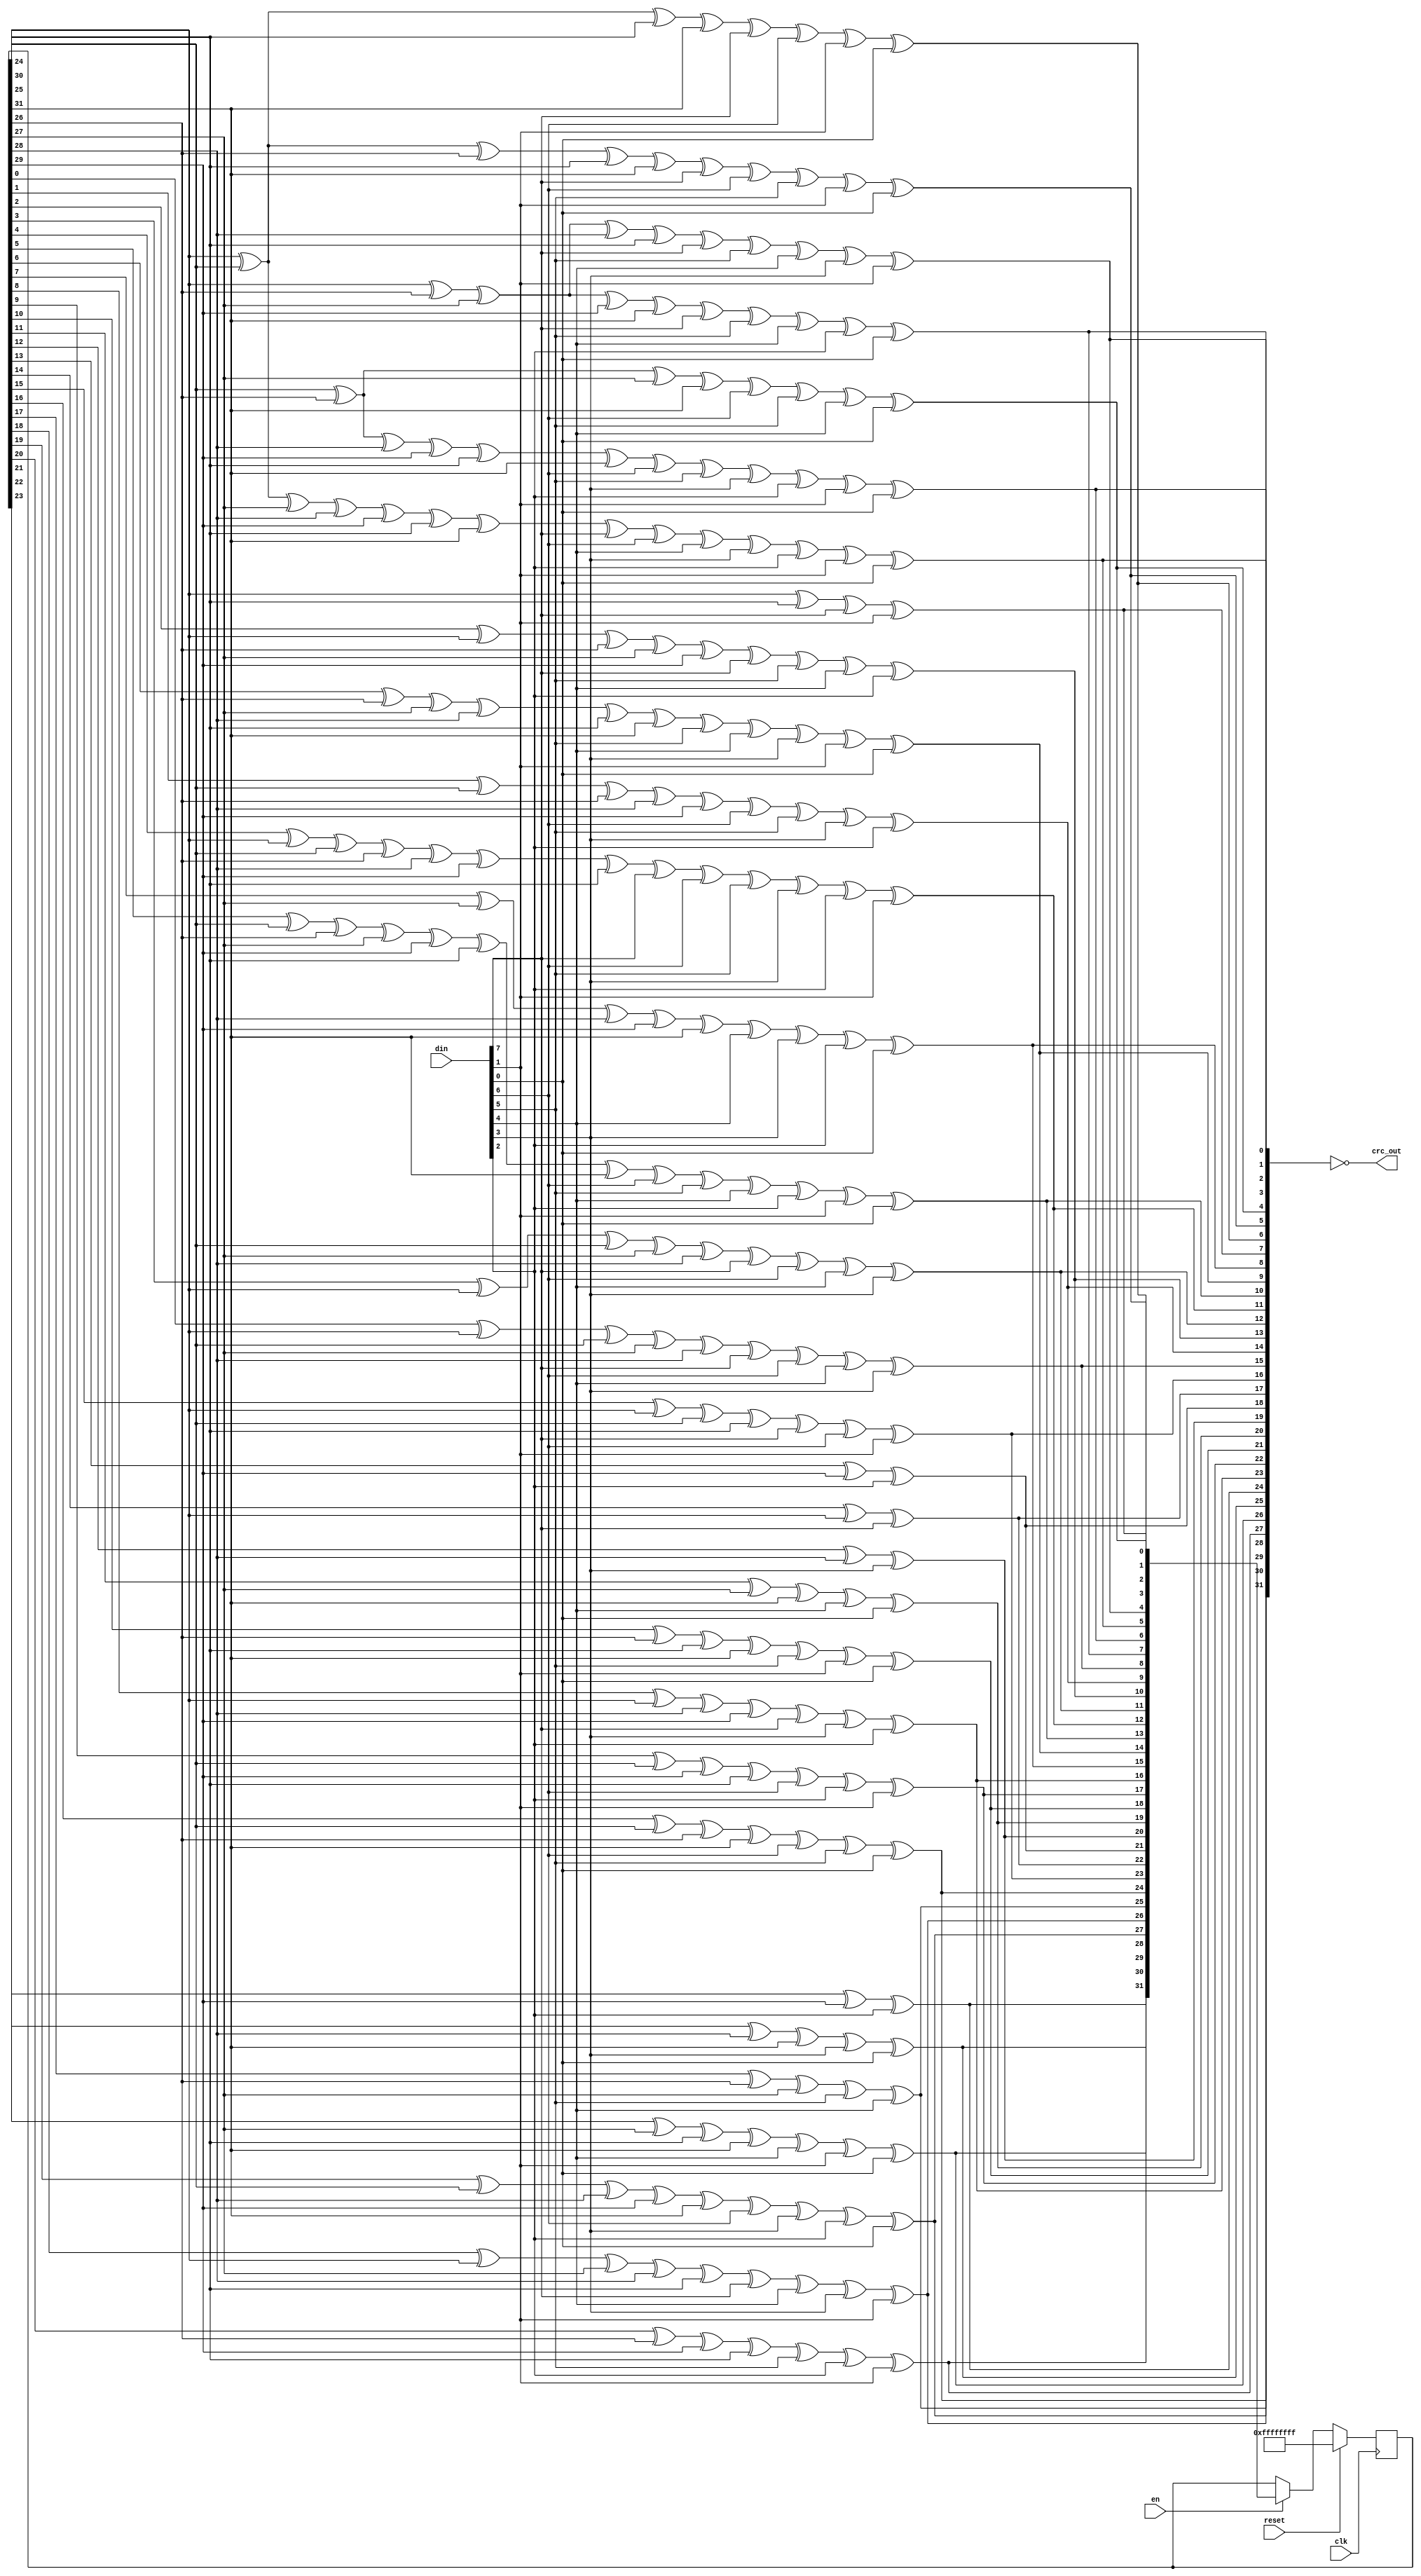
// Ethernet FCS computation
//
// GNSS Firehose
// Copyright (c) 2012 Peter Monta <pmonta@gmail.com>

module crc(
  input clk,
  input reset,
  input en,
  input [7:0] din,
  output [31:0] crc_out
);

  reg [31:0] crc,next;

  wire [7:0] d = {din[0],din[1],din[2],din[3],din[4],din[5],din[6],din[7]};

  always @(*) begin
    next[0] = crc[24] ^ crc[30] ^ d[0] ^ d[6];
    next[1] = crc[24] ^ crc[25] ^ crc[30] ^ crc[31] ^ d[0] ^ d[1] ^ d[6] ^ d[7];
    next[2] = crc[24] ^ crc[25] ^ crc[26] ^ crc[30] ^ crc[31] ^ d[0] ^ d[1] ^ d[2] ^ d[6] ^ d[7];
    next[3] = crc[25] ^ crc[26] ^ crc[27] ^ crc[31] ^ d[1] ^ d[2] ^ d[3] ^ d[7];
    next[4] = crc[24] ^ crc[26] ^ crc[27] ^ crc[28] ^ crc[30] ^ d[0] ^ d[2] ^ d[3] ^ d[4] ^ d[6];
    next[5] = crc[24] ^ crc[25] ^ crc[27] ^ crc[28] ^ crc[29] ^ crc[30] ^ crc[31] ^ d[0] ^ d[1] ^ d[3] ^ d[4] ^ d[5] ^ d[6] ^ d[7];
    next[6] = crc[25] ^ crc[26] ^ crc[28] ^ crc[29] ^ crc[30] ^ crc[31] ^ d[1] ^ d[2] ^ d[4] ^ d[5] ^ d[6] ^ d[7];
    next[7] = crc[24] ^ crc[26] ^ crc[27] ^ crc[29] ^ crc[31] ^ d[0] ^ d[2] ^ d[3] ^ d[5] ^ d[7];
    next[8] = crc[0] ^ crc[24] ^ crc[25] ^ crc[27] ^ crc[28] ^ d[0] ^ d[1] ^ d[3] ^ d[4];
    next[9] = crc[1] ^ crc[25] ^ crc[26] ^ crc[28] ^ crc[29] ^ d[1] ^ d[2] ^ d[4] ^ d[5];
    next[10] = crc[2] ^ crc[24] ^ crc[26] ^ crc[27] ^ crc[29] ^ d[0] ^ d[2] ^ d[3] ^ d[5];
    next[11] = crc[3] ^ crc[24] ^ crc[25] ^ crc[27] ^ crc[28] ^ d[0] ^ d[1] ^ d[3] ^ d[4];
    next[12] = crc[4] ^ crc[24] ^ crc[25] ^ crc[26] ^ crc[28] ^ crc[29] ^ crc[30] ^ d[0] ^ d[1] ^ d[2] ^ d[4] ^ d[5] ^ d[6];
    next[13] = crc[5] ^ crc[25] ^ crc[26] ^ crc[27] ^ crc[29] ^ crc[30] ^ crc[31] ^ d[1] ^ d[2] ^ d[3] ^ d[5] ^ d[6] ^ d[7];
    next[14] = crc[6] ^ crc[26] ^ crc[27] ^ crc[28] ^ crc[30] ^ crc[31] ^ d[2] ^ d[3] ^ d[4] ^ d[6] ^ d[7];
    next[15] = crc[7] ^ crc[27] ^ crc[28] ^ crc[29] ^ crc[31] ^ d[3] ^ d[4] ^ d[5] ^ d[7];
    next[16] = crc[8] ^ crc[24] ^ crc[28] ^ crc[29] ^ d[0] ^ d[4] ^ d[5];
    next[17] = crc[9] ^ crc[25] ^ crc[29] ^ crc[30] ^ d[1] ^ d[5] ^ d[6];
    next[18] = crc[10] ^ crc[26] ^ crc[30] ^ crc[31] ^ d[2] ^ d[6] ^ d[7];
    next[19] = crc[11] ^ crc[27] ^ crc[31] ^ d[3] ^ d[7];
    next[20] = crc[12] ^ crc[28] ^ d[4];
    next[21] = crc[13] ^ crc[29] ^ d[5];
    next[22] = crc[14] ^ crc[24] ^ d[0];
    next[23] = crc[15] ^ crc[24] ^ crc[25] ^ crc[30] ^ d[0] ^ d[1] ^ d[6];
    next[24] = crc[16] ^ crc[25] ^ crc[26] ^ crc[31] ^ d[1] ^ d[2] ^ d[7];
    next[25] = crc[17] ^ crc[26] ^ crc[27] ^ d[2] ^ d[3];
    next[26] = crc[18] ^ crc[24] ^ crc[27] ^ crc[28] ^ crc[30] ^ d[0] ^ d[3] ^ d[4] ^ d[6];
    next[27] = crc[19] ^ crc[25] ^ crc[28] ^ crc[29] ^ crc[31] ^ d[1] ^ d[4] ^ d[5] ^ d[7];
    next[28] = crc[20] ^ crc[26] ^ crc[29] ^ crc[30] ^ d[2] ^ d[5] ^ d[6];
    next[29] = crc[21] ^ crc[27] ^ crc[30] ^ crc[31] ^ d[3] ^ d[6] ^ d[7];
    next[30] = crc[22] ^ crc[28] ^ crc[31] ^ d[4] ^ d[7];
    next[31] = crc[23] ^ crc[29] ^ d[5];
  end

  always @(posedge clk)
    if (reset)
      crc <= {32{1'b1}};
    else
      crc <= en ? next : crc;

  assign crc_out = ~{
    next[24], next[25], next[26], next[27], next[28], next[29], next[30], next[31],
    next[16], next[17], next[18], next[19], next[20], next[21], next[22], next[23],
    next[8], next[9], next[10], next[11], next[12], next[13], next[14], next[15],
    next[0], next[1], next[2], next[3], next[4], next[5], next[6], next[7] };

endmodule